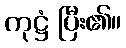
ကုဋ္ဌံ ပြီး၏။